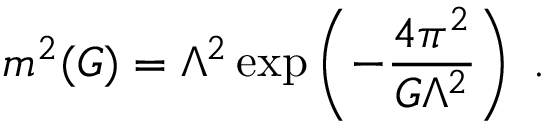
m ^ { 2 } ( G ) = \Lambda ^ { 2 } \exp \left( - \frac { 4 \pi ^ { 2 } } { G \Lambda ^ { 2 } } \right) \; .